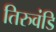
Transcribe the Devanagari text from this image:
तिरुवंडि